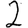
Digit: 2